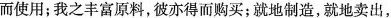
而使用；我之丰富原料，彼亦得而购买；就地制造，就地卖出，